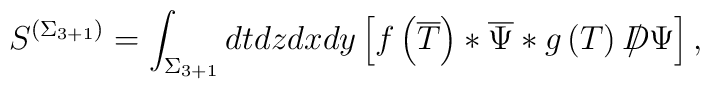
S^{\left( \Sigma _{3+1}\right) }=\int _{\Sigma _{3+1}}dtdzdxdy\left[ f\left( \overline{T}\right) *\overline{\Psi }*g\left( T\right) D\! \! \! \! /\, \Psi \right] ,